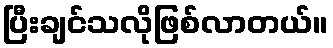
ပြီးချင်သလိုဖြစ်လာတယ်။